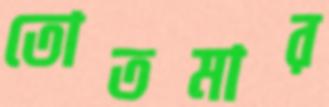
তোতমার